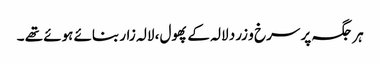
ہر جگہ پر سرخ و زرد لالہ کے پھول، لالہ زار بنائے ہوئے تھے ۔